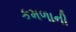
કમળાની